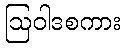
ဩဝါဒစကား